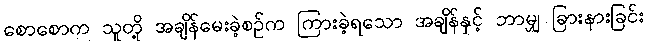
စောစောက သူတို့ အချိန်မေးခဲ့စဉ်က ကြားခဲ့ရသော အချိန်နှင့် ဘာမျှ ခြားနားခြင်း